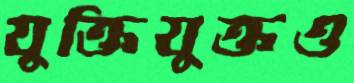
যুক্তিযুক্তও